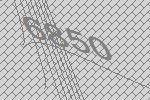
6850